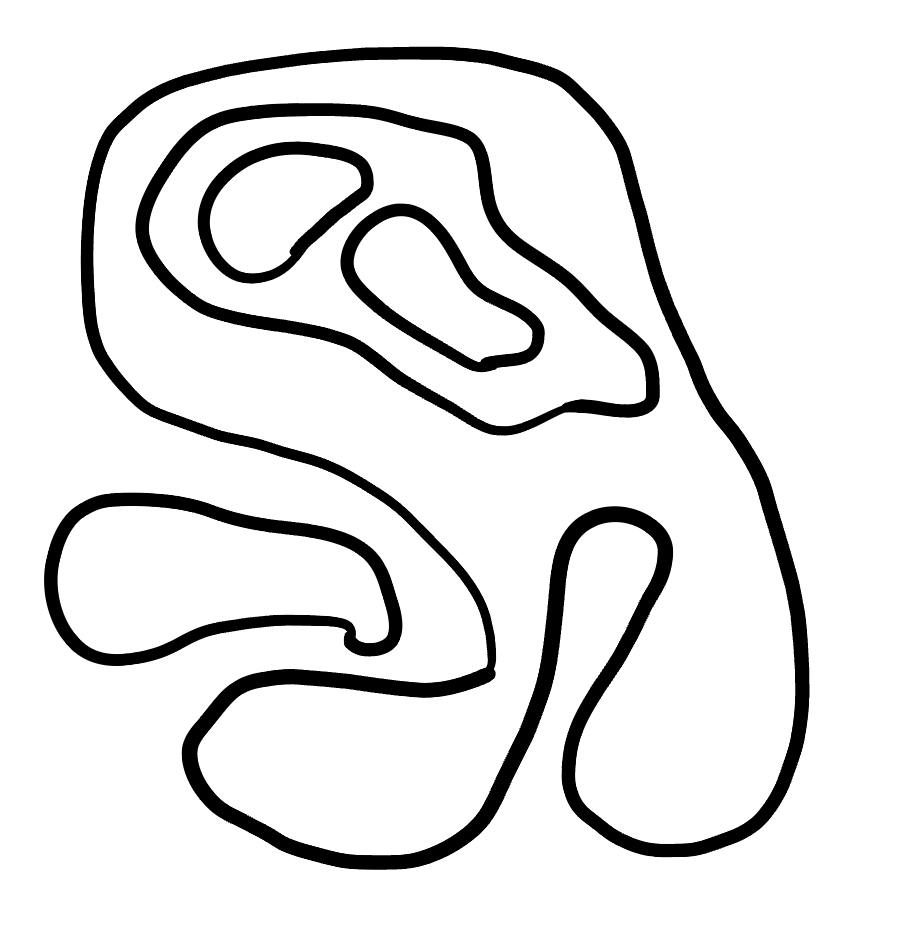
Number of regions (including the outer root region): 6
Containment tree edges (parent, child): 0, 1, 0, 2, 2, 3, 3, 4, 3, 5